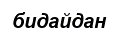
бидайдан